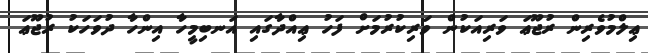
ޢިލްމުވެރިން ރުޖޫޢަ ވަރިއަކުން ވަރިކުރުމަށް ފަހު ޢިއްދާގައި އަނބިމީހާ އިންހާ ދުވަހަކު ރުޖޫޢަ